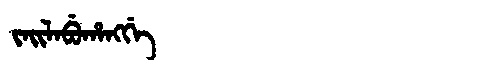
Manchu: ᠵᠠᡳᠯᠠᠪᡠᡥᠠᠩᡤᡝ
Romanization: JAILABUHANGGE